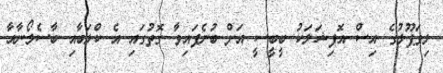
ލިވަޕޫލުގެ އިސް އޮފިޝަލަކު ބީބީސީ އަށް ބުނެފައިވާ ގޮތުގައި އެ ކްލަބާއި ބާސެލޯނާއާ